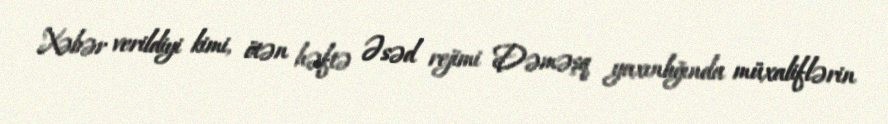
Xəbər verildiyi kimi, ötən həftə Əsəd rejimi Dəməşq yaxınlığında müxaliflərin